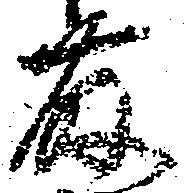
藤